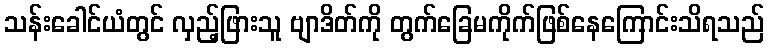
သန်းခေါင်ယံတွင် လှည့်ဖြားသူ ဗျာဒိတ်ကို တွက်ခြေမကိုက်ဖြစ်နေကြောင်းသိရသည်